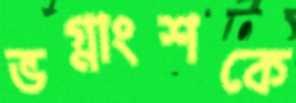
ভগ্নাংশকে